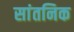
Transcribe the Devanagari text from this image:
सांतनिक